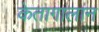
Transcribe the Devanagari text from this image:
केतागालान